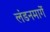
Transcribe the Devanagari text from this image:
लंडनमार्गे